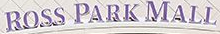
ROSS PARK MALL